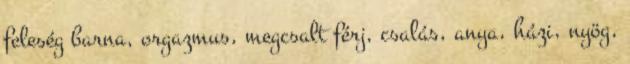
feleség barna, orgazmus, megcsalt férj, csalás, anya, házi, nyög,